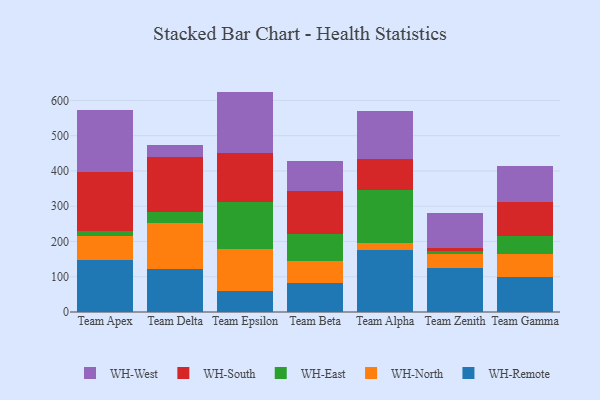
{"axis": {"x": "Team", "y": "LTV (USD)"}, "legend": ["WH-East", "WH-North", "WH-Remote", "WH-South", "WH-West"], "data": [{"x": "Team Apex", "y": 148.4, "type": "WH-Remote"}, {"x": "Team Apex", "y": 67.6, "type": "WH-North"}, {"x": "Team Apex", "y": 12.6, "type": "WH-East"}, {"x": "Team Apex", "y": 169.7, "type": "WH-South"}, {"x": "Team Apex", "y": 173.3, "type": "WH-West"}, {"x": "Team Delta", "y": 123.2, "type": "WH-Remote"}, {"x": "Team Delta", "y": 130.1, "type": "WH-North"}, {"x": "Team Delta", "y": 30.7, "type": "WH-East"}, {"x": "Team Delta", "y": 156.9, "type": "WH-South"}, {"x": "Team Delta", "y": 33.8, "type": "WH-West"}, {"x": "Team Epsilon", "y": 58.5, "type": "WH-Remote"}, {"x": "Team Epsilon", "y": 120.8, "type": "WH-North"}, {"x": "Team Epsilon", "y": 132.6, "type": "WH-East"}, {"x": "Team Epsilon", "y": 139.7, "type": "WH-South"}, {"x": "Team Epsilon", "y": 173.4, "type": "WH-West"}, {"x": "Team Beta", "y": 81.0, "type": "WH-Remote"}, {"x": "Team Beta", "y": 65.0, "type": "WH-North"}, {"x": "Team Beta", "y": 74.1, "type": "WH-East"}, {"x": "Team Beta", "y": 123.3, "type": "WH-South"}, {"x": "Team Beta", "y": 84.0, "type": "WH-West"}, {"x": "Team Alpha", "y": 174.8, "type": "WH-Remote"}, {"x": "Team Alpha", "y": 20.0, "type": "WH-North"}, {"x": "Team Alpha", "y": 150.8, "type": "WH-East"}, {"x": "Team Alpha", "y": 87.1, "type": "WH-South"}, {"x": "Team Alpha", "y": 138.6, "type": "WH-West"}, {"x": "Team Zenith", "y": 124.1, "type": "WH-Remote"}, {"x": "Team Zenith", "y": 40.3, "type": "WH-North"}, {"x": "Team Zenith", "y": 8.6, "type": "WH-East"}, {"x": "Team Zenith", "y": 8.9, "type": "WH-South"}, {"x": "Team Zenith", "y": 98.9, "type": "WH-West"}, {"x": "Team Gamma", "y": 99.1, "type": "WH-Remote"}, {"x": "Team Gamma", "y": 64.6, "type": "WH-North"}, {"x": "Team Gamma", "y": 51.1, "type": "WH-East"}, {"x": "Team Gamma", "y": 96.9, "type": "WH-South"}, {"x": "Team Gamma", "y": 102.9, "type": "WH-West"}]}